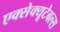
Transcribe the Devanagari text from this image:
एक्सेक्यूटेबल्स